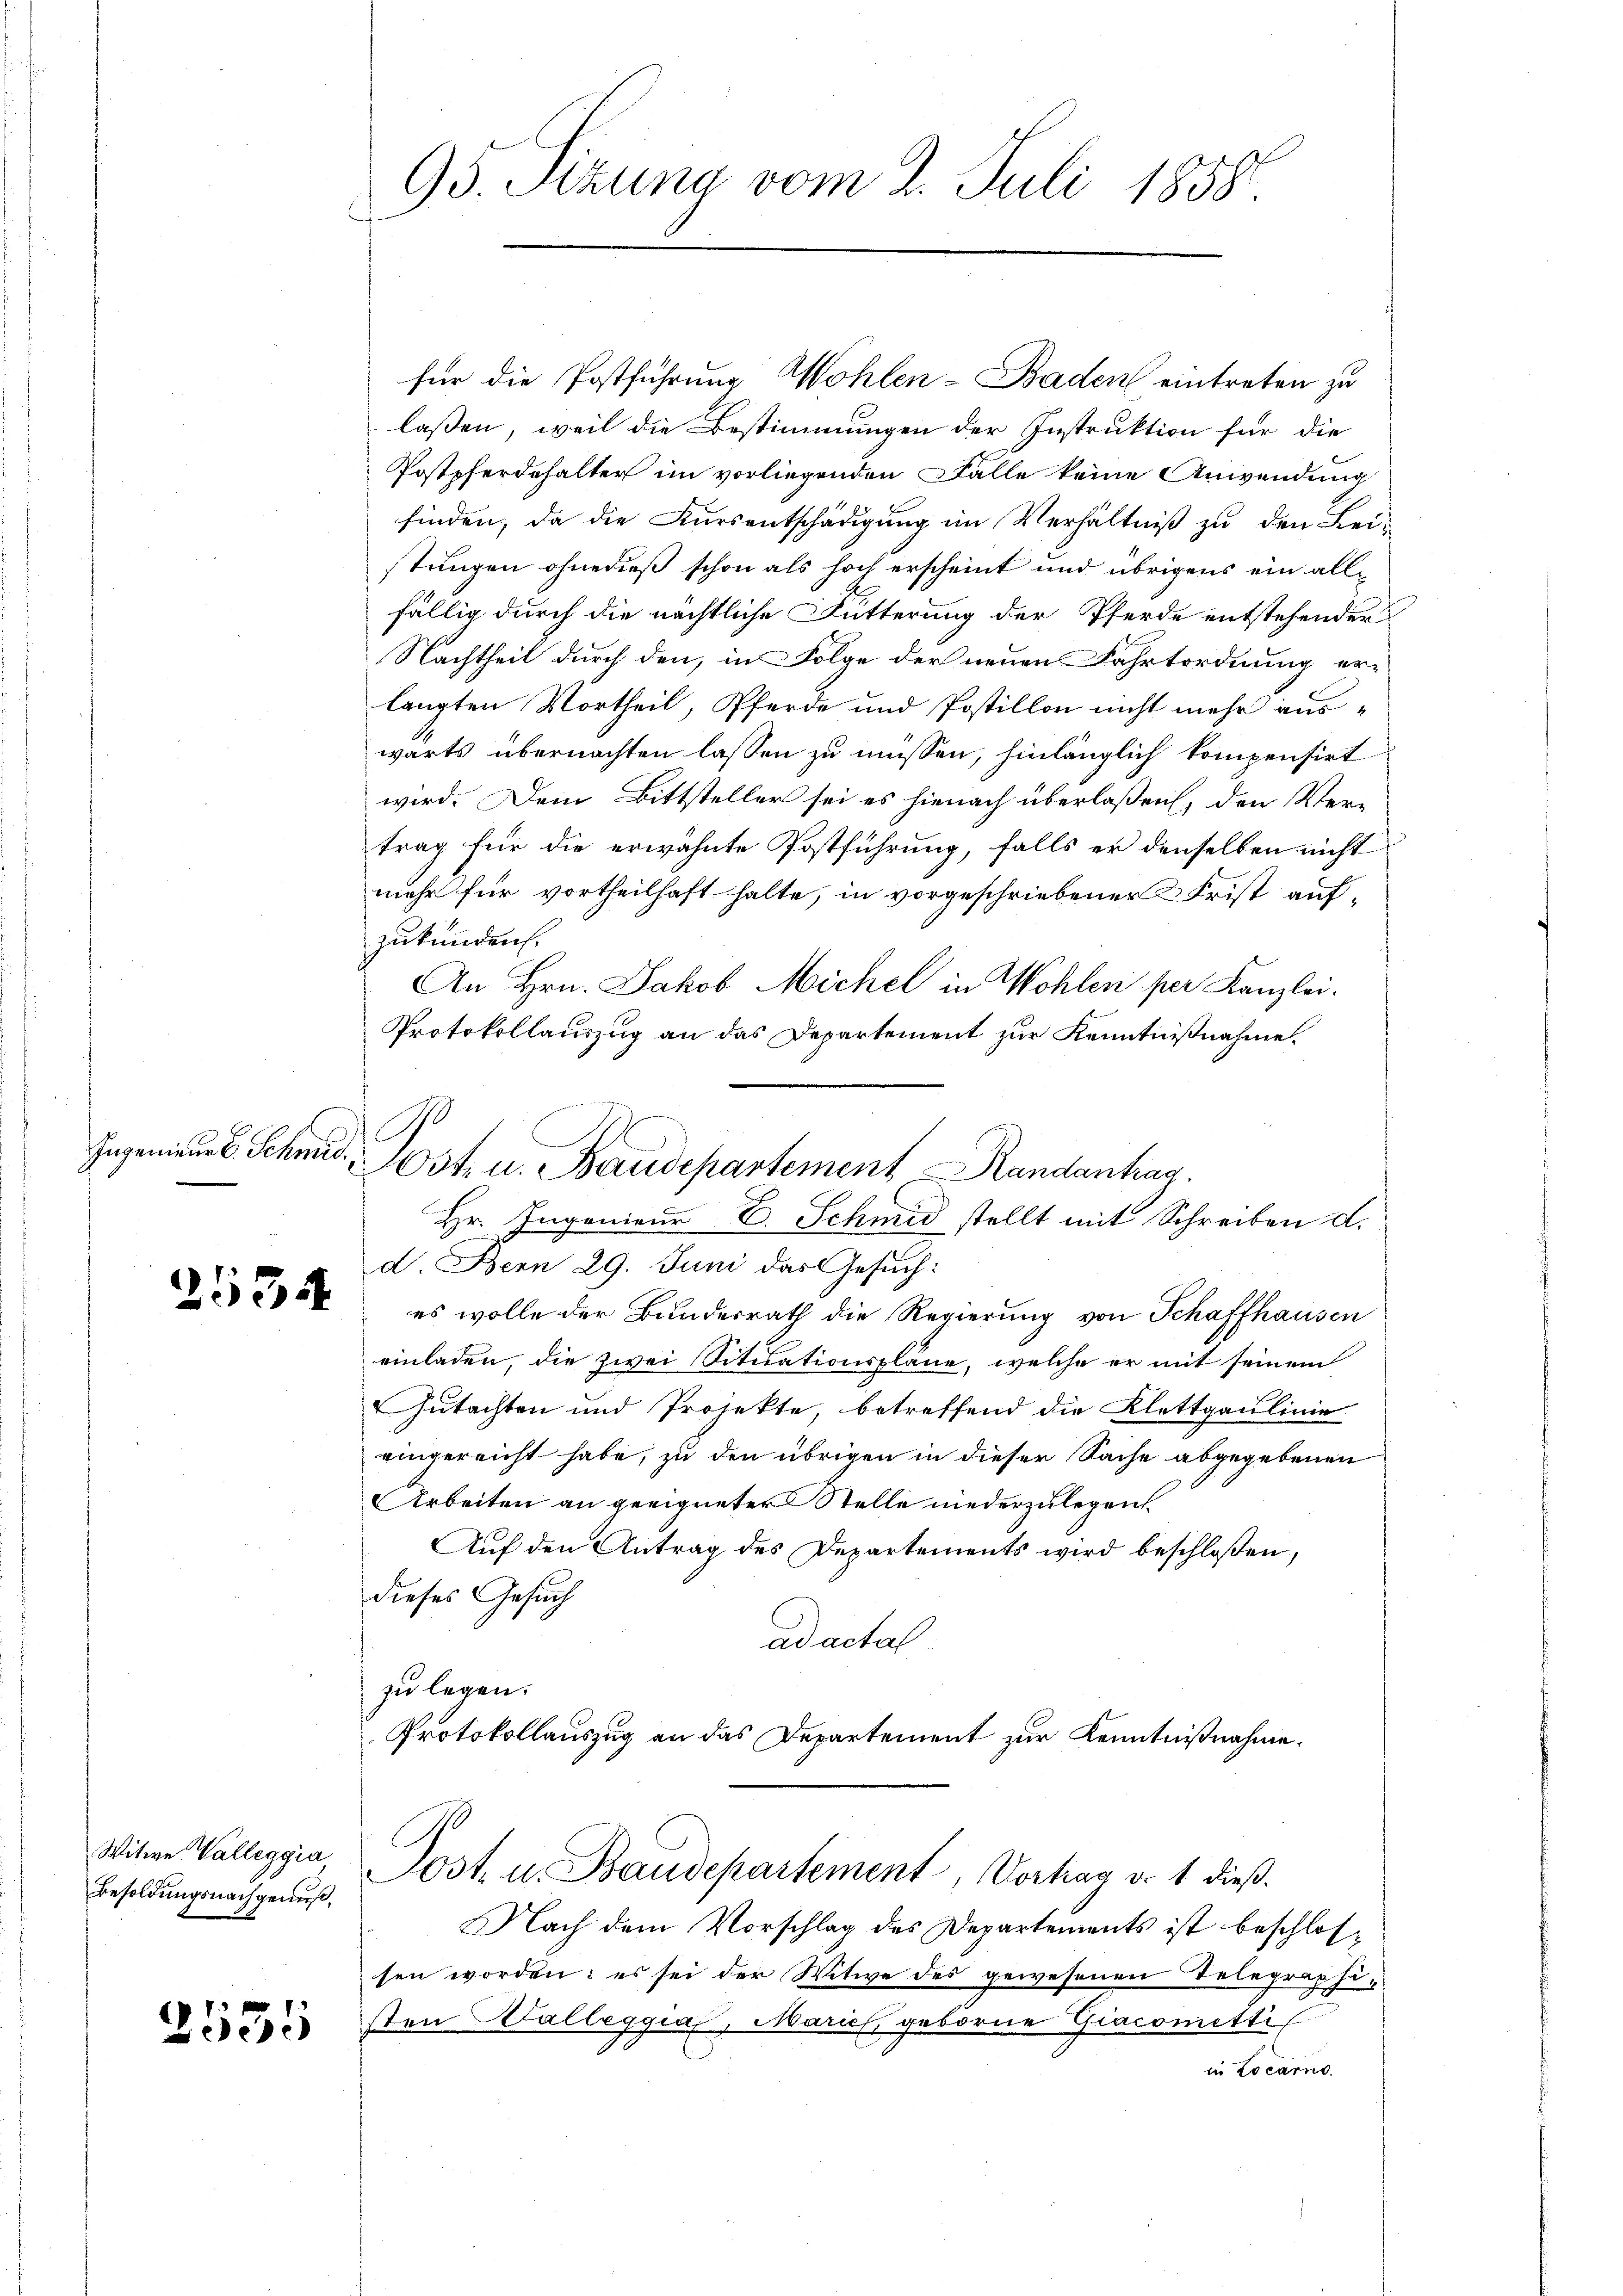
Ingenieur v. Schmid.

2534

Witwe Valleggia
Besoldungsnachgeners,

2535

95. Sizung vom 2. Juli 1858

G.
O3t. u. Baudepartement Randantrag.

für die Postführung Wohlen-Baden eintreten zu
laßen, weil die Bestimmungen der Instruktion für die
Postpferdehalter im vorliegenden Fälle keine Anwendung
finden, da die Kursentschädigung im Verhältniß zu den Leistungen ohnedieß schon als hoch erscheint und übrigens ein allfällig durch die nächtliche Fütterung der Pferde entstehender
Nachtheil durch den, in Folge der neuen Fahrtordnung erlangten Vortheil, Pferde und Postillon nicht mehr auswärts übernachten lassen zu müssen, hinlänglich kompensirt
wird. Dein Bittsteller sei es hienach überlaßen, den Vertrag für die erwähnte Postführung, falls er denselben nicht
mehr für vortheilhaft halte, in vorgeschriebener Frist auf-
zukunden.
An Hrn. Jakob Michel in Wohler per Kanzlei.
Protokollauszug an das Departement zur Kenntnißnahme
Hr. Ingenieur E. Schmid stellt mit Schreiben d.
d. Bern 29. Juni das Gesuch:
es wolle der Bundesrath die Regierung von Schaffhausen
einladen, die zwei Situationsplane, welche er mit seinem
Gutachten und Projekte, betreffend die Klettgaulinie
eingereicht habe, zu den übrigen in dieser Sache abgegebenen
Arbeiten an geeigneter Stelle niederzulegen.
Auf den Antrag des Departements wird beschlossen,
dieses Gesuch
ad actal
zu legen.
Protokollauszug an das Departement zur Kenntnißnahme.
Post u. Baudepartement, Vortrag d. 1. dieß.
Nach dem Vorschlag des Departements ist beschlossen worden: es sei der Witwe des gewesenen Telegraphi
sten Halleggias, Marich geborne Giacomitti
in Locarno.